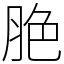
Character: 脃